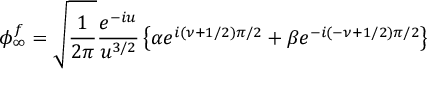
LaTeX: \phi _ { \infty } ^ { f } = \sqrt { \frac { 1 } { 2 \pi } } { \frac { e ^ { - i u } } { u ^ { 3 / 2 } } } \left\{ \alpha e ^ { i ( \nu + 1 / 2 ) \pi / 2 } + \beta e ^ { - i ( - \nu + 1 / 2 ) \pi / 2 } \right\}